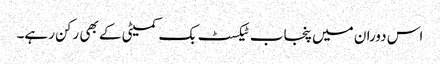
اس دوران میں پنجاب ٹیکسٹ بک کمیٹی کے بھی رکن رہے۔